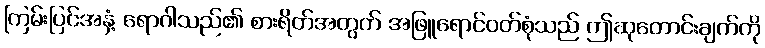
ကြမ်းပြင်အနှံ့ ရောဂါသည်၏ စားရိတ်အတွက် အဖြူရောင်ဝတ်စုံသည် ဤဆုတောင်းချက်ကို